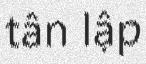
tân lập